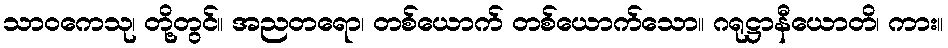
သာဝကေသု၊ တို့တွင်။ အညတရော၊ တစ်ယောက် တစ်ယောက်သော။ ဂရုဋ္ဌာနီယောတိ၊ ကား။